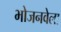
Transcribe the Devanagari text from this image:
भोजनवेला